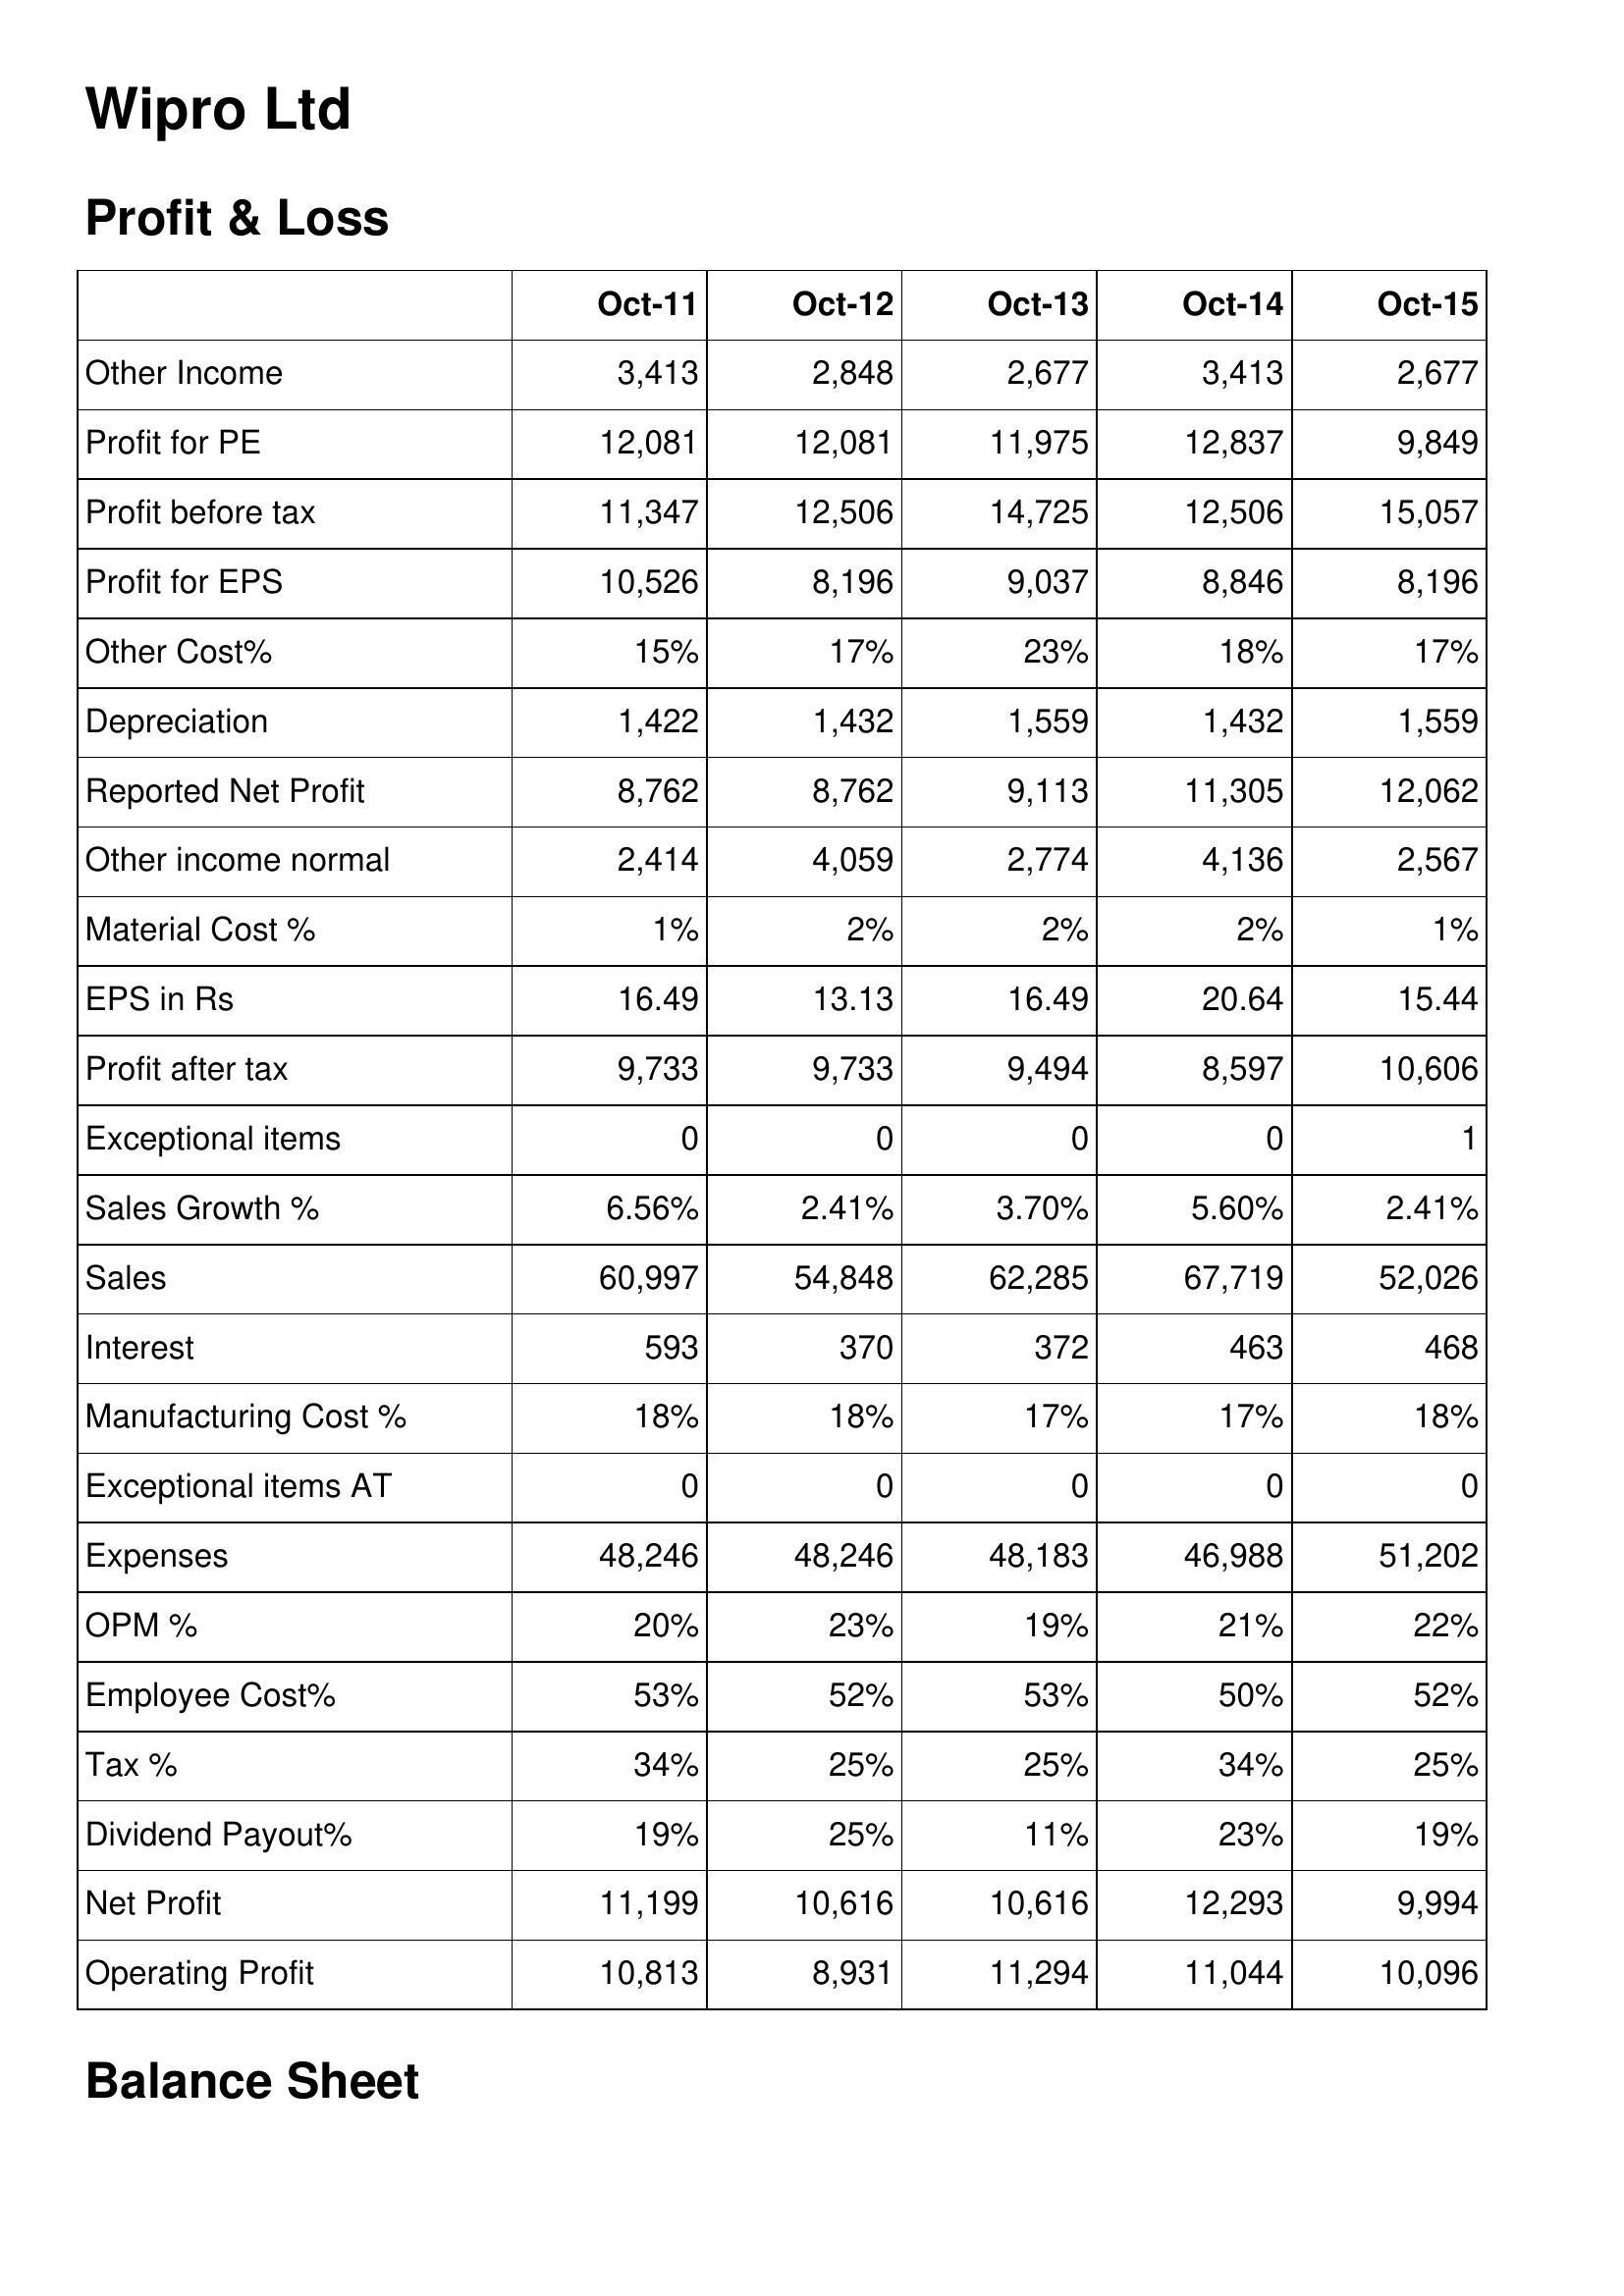
Oct-11: Profit & Loss: Other Income: 3,413
Profit for PE: 12,081
Profit before tax: 11,347
Profit for EPS: 10,526
Other Cost%: 15%
Depreciation: 1,422
Reported Net Profit: 8,762
Other income normal: 2,414
Material Cost %: 1%
EPS in Rs: 16.49
Profit after tax: 9,733
Exceptional items: 0
Sales Growth %: 6.56%
Sales: 60,997
Interest: 593
Manufacturing Cost %: 18%
Exceptional items AT: 0
Expenses: 48,246
OPM %: 20%
Employee Cost%: 53%
Tax %: 34%
Dividend Payout%: 19%
Net Profit: 11,199
Operating Profit: 10,813
Oct-12: Profit & Loss: Other Income: 2,848
Profit for PE: 12,081
Profit before tax: 12,506
Profit for EPS: 8,196
Other Cost%: 17%
Depreciation: 1,432
Reported Net Profit: 8,762
Other income normal: 4,059
Material Cost %: 2%
EPS in Rs: 13.13
Profit after tax: 9,733
Exceptional items: 0
Sales Growth %: 2.41%
Sales: 54,848
Interest: 370
Manufacturing Cost %: 18%
Exceptional items AT: 0
Expenses: 48,246
OPM %: 23%
Employee Cost%: 52%
Tax %: 25%
Dividend Payout%: 25%
Net Profit: 10,616
Operating Profit: 8,931
Oct-13: Profit & Loss: Other Income: 2,677
Profit for PE: 11,975
Profit before tax: 14,725
Profit for EPS: 9,037
Other Cost%: 23%
Depreciation: 1,559
Reported Net Profit: 9,113
Other income normal: 2,774
Material Cost %: 2%
EPS in Rs: 16.49
Profit after tax: 9,494
Exceptional items: 0
Sales Growth %: 3.70%
Sales: 62,285
Interest: 372
Manufacturing Cost %: 17%
Exceptional items AT: 0
Expenses: 48,183
OPM %: 19%
Employee Cost%: 53%
Tax %: 25%
Dividend Payout%: 11%
Net Profit: 10,616
Operating Profit: 11,294
Oct-14: Profit & Loss: Other Income: 3,413
Profit for PE: 12,837
Profit before tax: 12,506
Profit for EPS: 8,846
Other Cost%: 18%
Depreciation: 1,432
Reported Net Profit: 11,305
Other income normal: 4,136
Material Cost %: 2%
EPS in Rs: 20.64
Profit after tax: 8,597
Exceptional items: 0
Sales Growth %: 5.60%
Sales: 67,719
Interest: 463
Manufacturing Cost %: 17%
Exceptional items AT: 0
Expenses: 46,988
OPM %: 21%
Employee Cost%: 50%
Tax %: 34%
Dividend Payout%: 23%
Net Profit: 12,293
Operating Profit: 11,044
Oct-15: Profit & Loss: Other Income: 2,677
Profit for PE: 9,849
Profit before tax: 15,057
Profit for EPS: 8,196
Other Cost%: 17%
Depreciation: 1,559
Reported Net Profit: 12,062
Other income normal: 2,567
Material Cost %: 1%
EPS in Rs: 15.44
Profit after tax: 10,606
Exceptional items: 1
Sales Growth %: 2.41%
Sales: 52,026
Interest: 468
Manufacturing Cost %: 18%
Exceptional items AT: 0
Expenses: 51,202
OPM %: 22%
Employee Cost%: 52%
Tax %: 25%
Dividend Payout%: 19%
Net Profit: 9,994
Operating Profit: 10,096